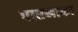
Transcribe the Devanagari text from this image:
पारनाका